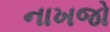
નાખજો